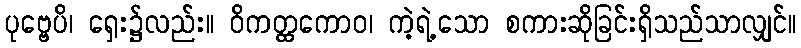
ပုဗ္ဗေပိ၊ ရှေး၌လည်း။ ဝိကတ္ထကောဝ၊ ကဲ့ရဲ့သော စကားဆိုခြင်းရှိသည်သာလျှင်။